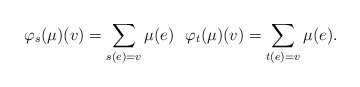
\begin{align*}\varphi_s(\mu)(v)= \sum_{s(e)=v} \mu(e)\ \ \varphi_t(\mu)(v)= \sum_{t(e)=v} \mu(e).\end{align*}